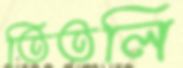
তিতলি